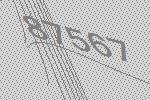
87567